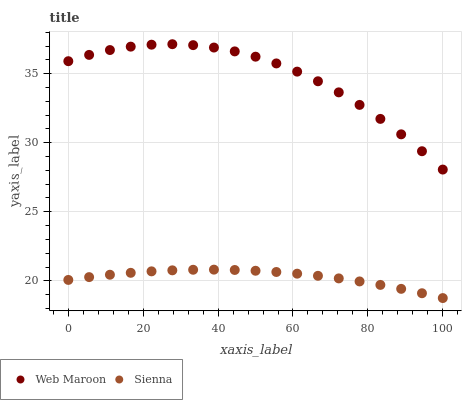
| xaxis_label | Web Maroon | Sienna |
 | --- | --- | --- |
 | 0 | 35.9 | 20.1 |
 | 5.56 | 36.4 | 20.3 |
 | 11.1 | 36.7 | 20.4 |
 | 16.7 | 37 | 20.6 |
 | 22.2 | 37.1 | 20.7 |
 | 27.8 | 37.1 | 20.8 |
 | 33.3 | 37.1 | 20.8 |
 | 38.9 | 36.9 | 20.8 |
 | 44.4 | 36.6 | 20.8 |
 | 50 | 36.2 | 20.7 |
 | 55.6 | 35.7 | 20.6 |
 | 61.1 | 35.2 | 20.5 |
 | 66.7 | 34.5 | 20.4 |
 | 72.2 | 33.7 | 20.2 |
 | 77.8 | 32.7 | 20 |
 | 83.3 | 31.7 | 19.7 |
 | 88.9 | 30.6 | 19.4 |
 | 94.4 | 29.4 | 19.1 |
 | 100 | 28.1 | 18.8 |